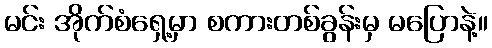
မင်း အိုက်စံရှေ့မှာ စကားတစ်ခွန်းမှ မပြောနဲ့။